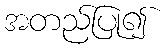
အတည်ပြု၍